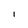
Character: l